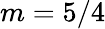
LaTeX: m=5/4